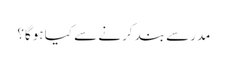
مدرسے بند کرنے سے کیا ہوگا؟